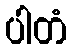
ပါတံ